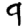
Digit: 9